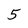
Character: 5